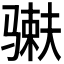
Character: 𬴇